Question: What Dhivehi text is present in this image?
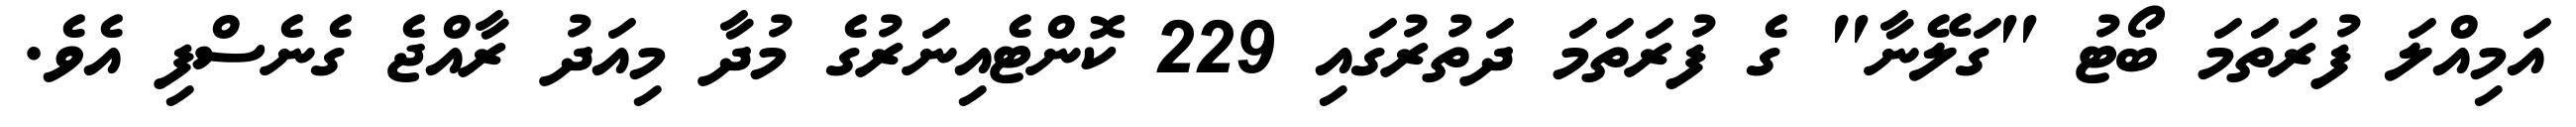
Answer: އަމިއްލަ ފުރަތަމަ ބޯޓު "ގަލޭނާ" ގެ ފުރަތަމަ ދަތުރުގައި 229 ކޮންޓެއިނަރުގެ މުދާ މިއަދު ރާއްޖެ ގެނެސްފި އެވެ.